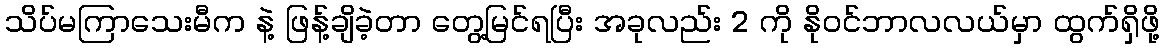
သိပ်မကြာသေးမီက နဲ့ ဖြန့်ချိခဲ့တာ တွေ့မြင်ရပြီး အခုလည်း 2 ကို နိုဝင်ဘာလလယ်မှာ ထွက်ရှိဖို့